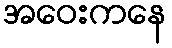
အဝေးကနေ